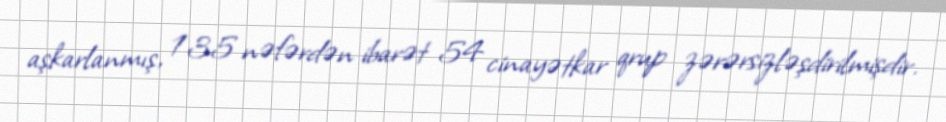
aşkarlanmış, 135 nəfərdən ibarət 54 cinayətkar qrup zərərsizləşdirilmişdir.